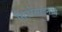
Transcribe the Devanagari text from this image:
सिंटोसाइनॉन